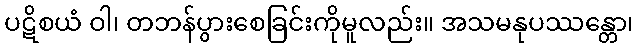
ပဋိစယံ ဝါ၊ တဘန်ပွားစေခြင်းကိုမူလည်း။ အသမနုပဿန္တော၊